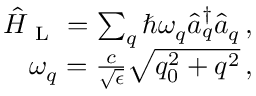
\begin{array} { r } { \hat { H } _ { \mathrm { ~ L ~ } } = \sum _ { q } \hbar \omega _ { q } \hat { a } _ { q } ^ { \dagger } \hat { a } _ { q } \, , } \\ { \omega _ { q } = \frac { c } { \sqrt { \epsilon } } \sqrt { q _ { 0 } ^ { 2 } + q ^ { 2 } } \, , } \end{array}